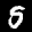
Label: 5